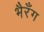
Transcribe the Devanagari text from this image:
भैरँग